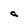
Character: a